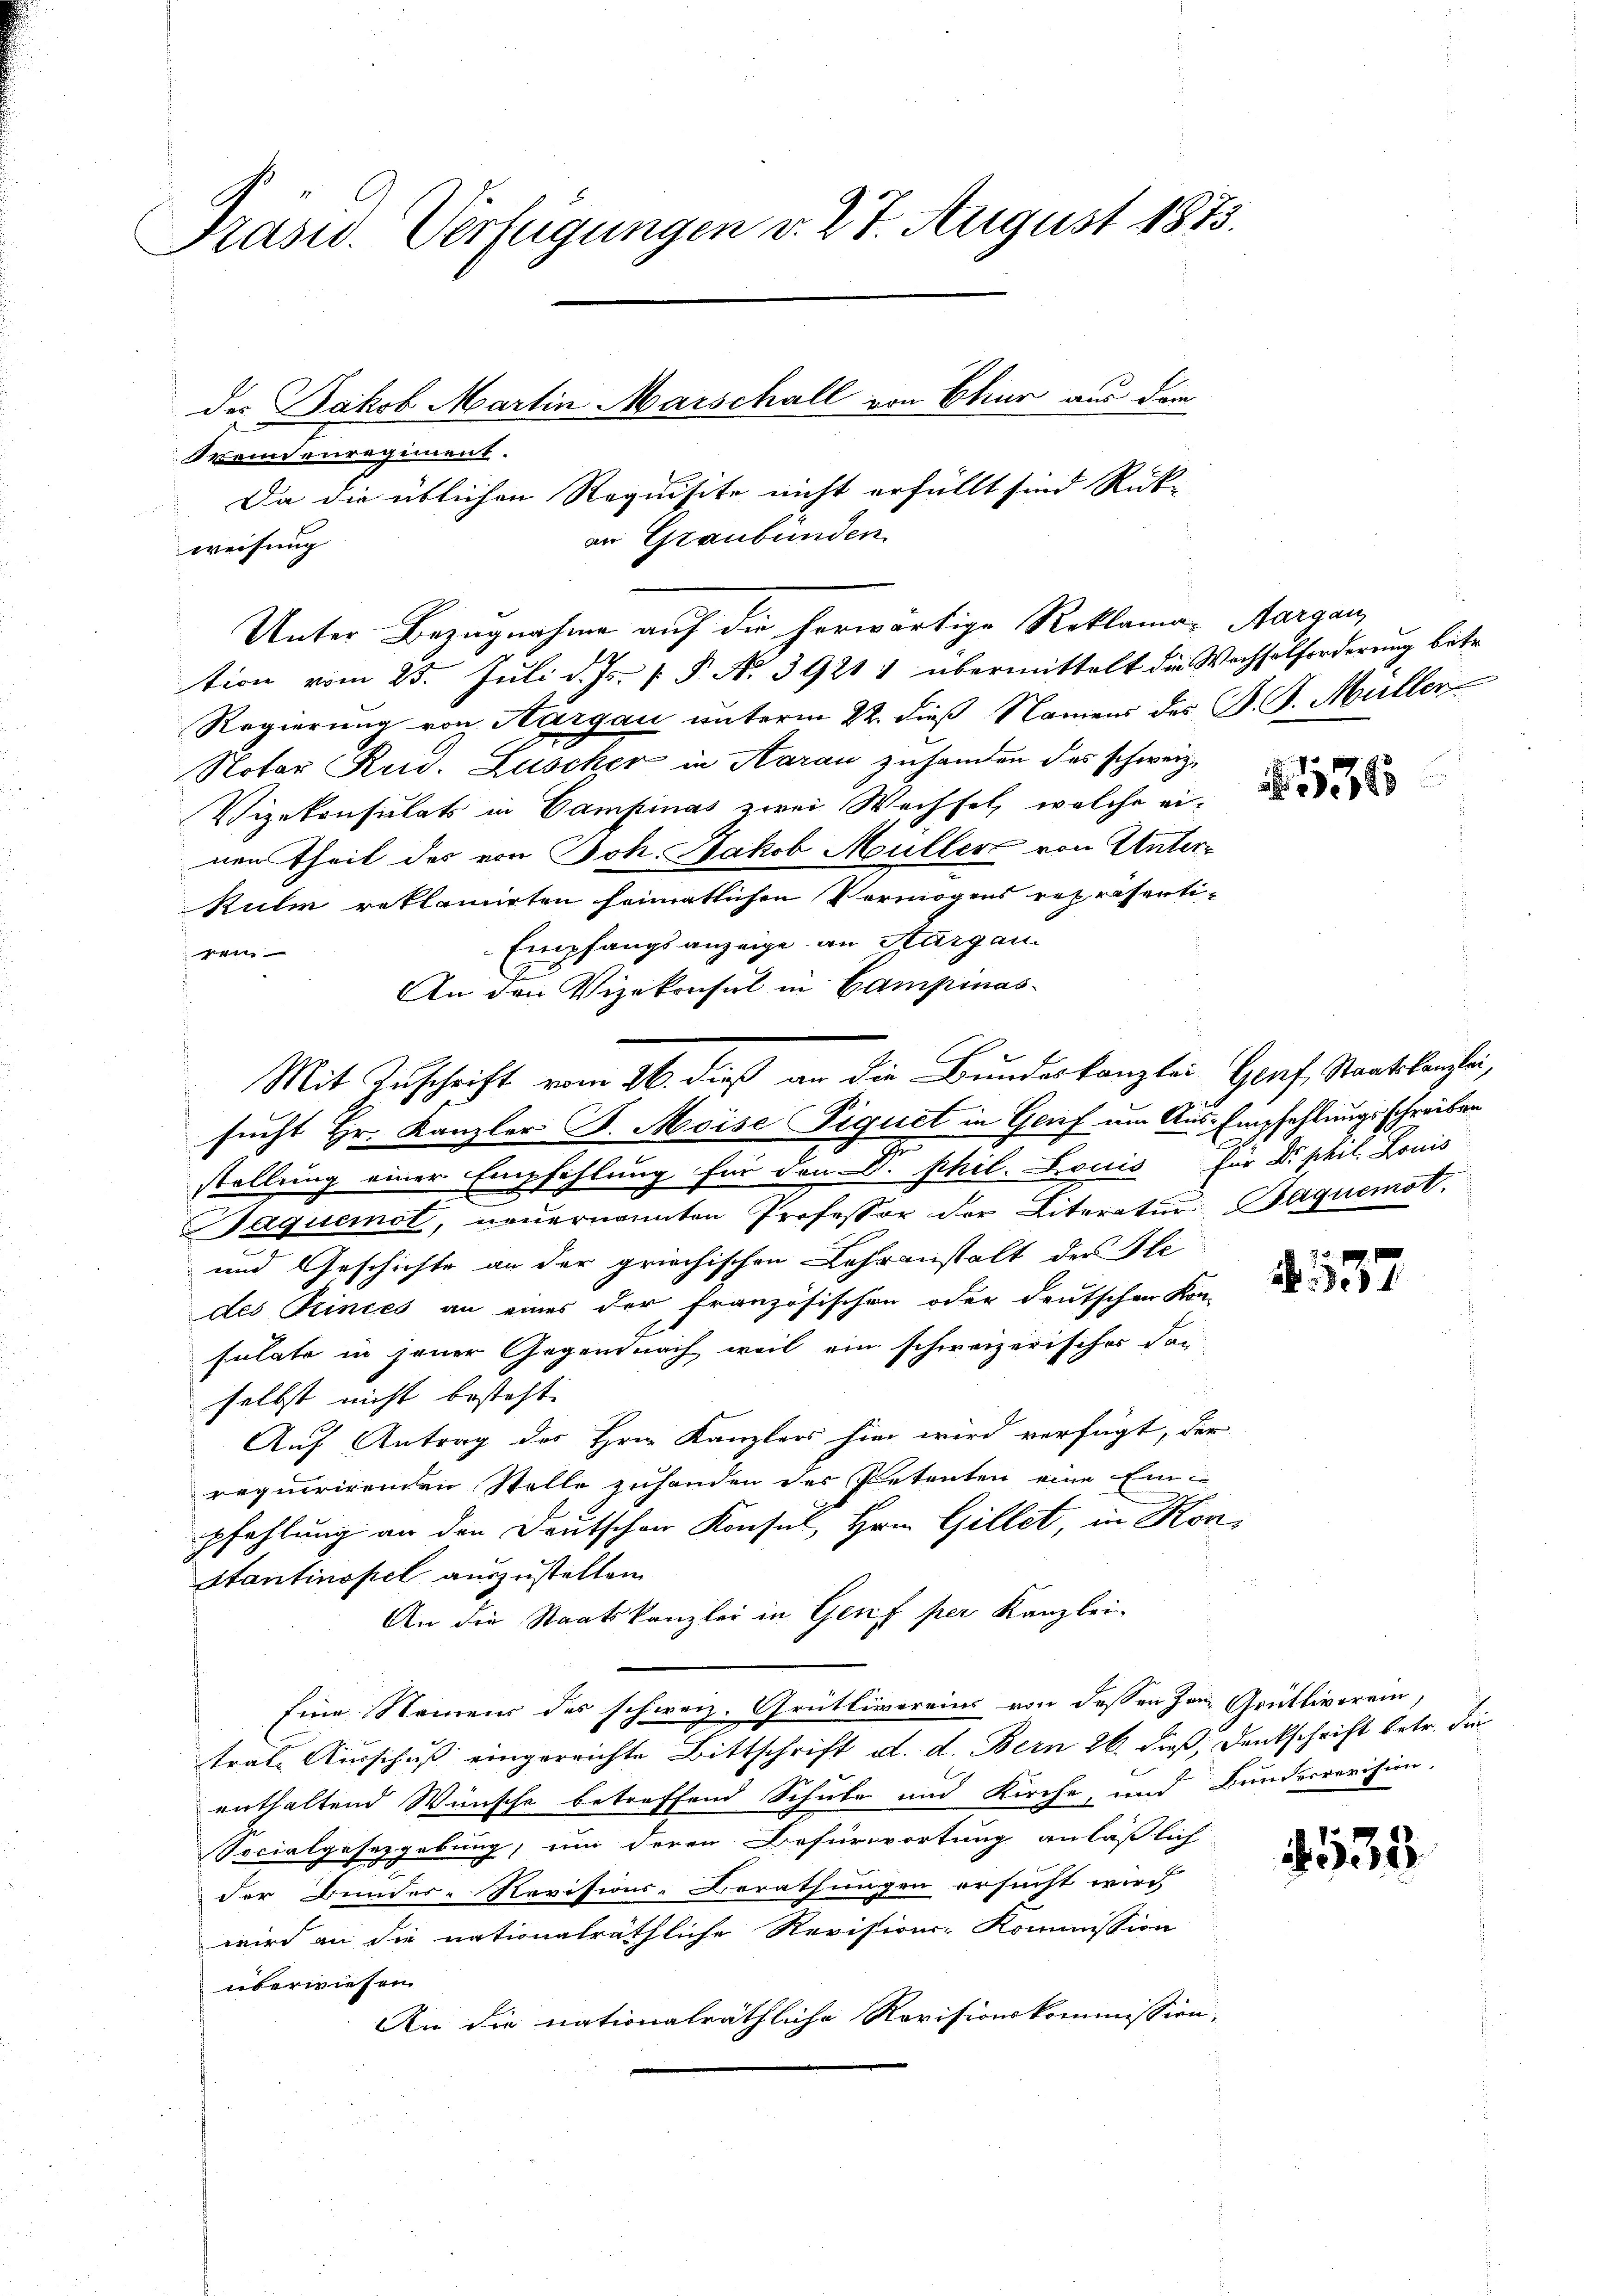
Prasid. Verfügungen v. 27. August 1873.
der Jakob Martin Marschall von Chur aus dem
Brennenregiment.
Da die üblichen Requisite nicht erfüllt sind Rück-
an Graubünden
weisung

Regierung von Aargau unterm 22. dieß Namens des B. G. Müller
Notar Rud. Lüscher in Aarau zuhanden des schwerz¬
Vizekonsulats in Campinas zwei Wechsel, welche ei-
nen theil des von Joh. Jakob Müller von Unter¬
Kulm reklamirten heimatlichen Vermögens repräsenti¬
Empfangsanzeige an Aargau.
gen.
An den Vizekonsul in Campinas
sucht Hr. Kanzler B. Moise Piquet in Genf um Aus-Empfehlungsschreiben
2
stellung einer Empfehlung für den D. phil. Louis für Dr. phil. Louis
Jaquemot, neŭernannten Professor der Literatur Bequemst,
und Geschichte an der griechischen Lehranstalt der Ste
des Princes an eines der französischen oder deutschen Kon-
sulate in jener Gegendnach weil ein schweizerischer dan
selbst nicht besteht. |
Auf Antrag des Hrn. Kanzlers hier wird verfügt, der
requirirenden Stelle zuhanden des Petenten eine Ein-
pfehlung an den Deutschen Konsul, Hrn. Gillet, in Kon¬
Stantinopel auszustellen
An die Staatskanzlei in Genf per Kanzlei-
firne. Namen des schweiz. Grütlivereins von dessen Jar Grütliverein,
trat Ausschuß eingereichte Bittschrift d. d. Bern 26. dieß, Denkschrift betr. die
enthaltend Wünsche betreffend Schule und Kirche, und Bunderrevision,
Socialgesetzgebung, um deren Befürwortung anläßlich
der Bundes-Revisions-Berathungen ersucht wird,
wird an die nationalräthliche Revisions-Kommission
überwiesen
An die nationalräthliche Revisionskommission,

Unter Bezugnahme auf die herwärtige Reklamar Aargau,
tion vom 25. Juli d. Js. v. P. No 3921 1 übermittelt die Wachselforderung betr.

Mit Zuschrift vom 16. dieß an die Bundeskanzlei Genf, Staatskanzlei,

1136

137.

533